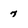
Character: 7